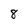
Character: 8